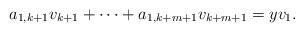
LaTeX: \begin{align*}a_{1,k+1}v_{k+1} + \cdots + a_{1,k+m+1} v_{k+m+1} = y v_{1}.\end{align*}